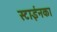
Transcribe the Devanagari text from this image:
स्टाईनका